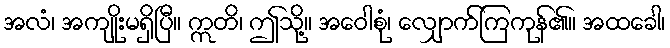
အလံ၊ အကျိုးမရှိပြီ။ ဣတိ၊ ဤသို့။ အဝေါစုံ၊ လျှောက်ကြကုန်၏။ အထခေါ၊